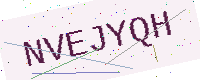
Text: NVEJYQH